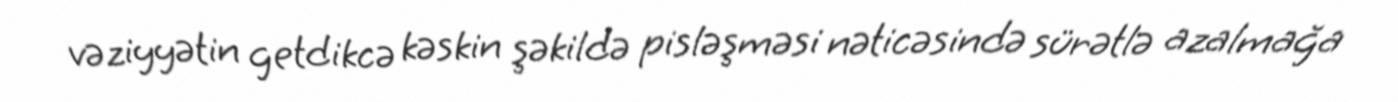
vəziyyətin getdikcə kəskin şəkildə pisləşməsi nəticəsində sürətlə azalmağa